Civil Veterinary Department. Madras. Admin. report 1926-33 - 1926-1933
Year: 1926
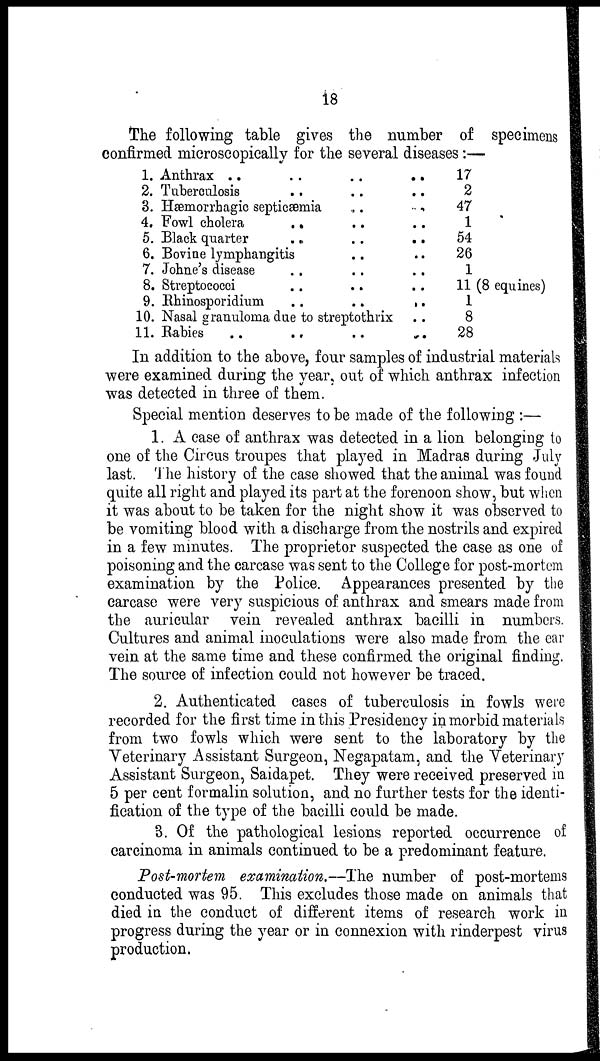
18
The following table gives the number of specimens
confirmed microscopically for the several diseases:—
1. Anthrax
..
..
..
..
2. Tuberculosis .. .. ..
3. Hæmorrhagic septicæmia
..
..
4. Fowl cholera .. .. ..
5. Black quarter .. .. ..
6. Bovine lymphangitis .. ..
7. Johne's disease .. .. ..
8. Streptococci .. .. ..
9. Rhinosporidium
..
..
..
10. Nasal granuloma due to streptothrix ..
11. Rabies .. .. .. ..
17
2
47
1
54
26
1
11 (8 equines)
1
8
28
In addition to the above, four samples of industrial materials
were examined during the year, out of which anthrax infection
was detected in three of them.
Special mention deserves to be made of the following :—
1. A case of anthrax was detected in a lion belonging to
one of the Circus troupes that played in Madras during July
last. The history of the case showed that the animal was found
quite all right and played its part at the forenoon show, but when
it was about to be taken for the night show it was observed to
be vomiting blood with a discharge from the nostrils and expired
in a few minutes. The proprietor suspected the case as one of
poisoning and the carcase was sent to the College for post-mortem
examination by the Police. Appearances presented by the
carcase were very suspicious of anthrax and smears made from
the auricular vein revealed anthrax bacilli in numbers.
Cultures and animal inoculations were also made from the ear
vein at the same time and these confirmed the original finding.
The source of infection could not however be traced.
2. Authenticated cases of tuberculosis in fowls were
recorded for the first time in this Presidency in morbid materials
from two fowls which were sent to the laboratory by the
Veterinary Assistant Surgeon, Negapatam, and the Veterinary
Assistant Surgeon, Saidapet. They were received preserved in
5 per cent formalin solution, and no further tests for the identi-
fication of the type of the bacilli could be made.
3. Of the pathological lesions reported occurrence of.
carcinoma in animals continued to be a predominant feature.
Post-mortem examination.—The number of post-mortems
conducted was 95. This excludes those made on animals that
died in the conduct of different items of research work in
progress during the year or in connexion with rinderpest virus
production.